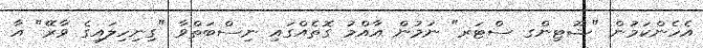
އެހެންކަމުން "ޝޫޓިންގ ސްޓަރ" ނަމުން އާއްމު ގޮތެއްގައި ނިސްބަތްވާ "ގިނިހިލައިގެ ވާރޭ" އާ